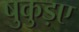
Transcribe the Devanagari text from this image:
षुकुड़ए